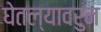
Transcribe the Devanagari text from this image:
घेतल्यावरुन